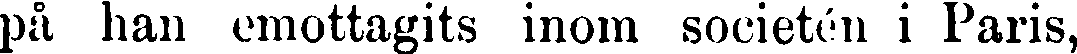
på han emottagits inom societén i Paris,